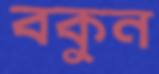
বকুন